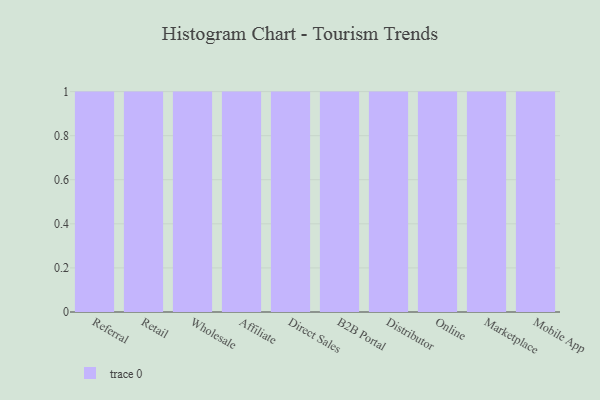
{"axis": {"x": "Channel", "y": "Bounce Rate (%)"}, "legend": [""], "data": [{"x": "Referral", "y": 93, "type": ""}, {"x": "Retail", "y": 86, "type": ""}, {"x": "Wholesale", "y": 86, "type": ""}, {"x": "Affiliate", "y": 96, "type": ""}, {"x": "Direct Sales", "y": 99, "type": ""}, {"x": "B2B Portal", "y": 12, "type": ""}, {"x": "Distributor", "y": 61, "type": ""}, {"x": "Online", "y": 1, "type": ""}, {"x": "Marketplace", "y": 83, "type": ""}, {"x": "Mobile App", "y": 2, "type": ""}]}